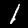
Label: 1